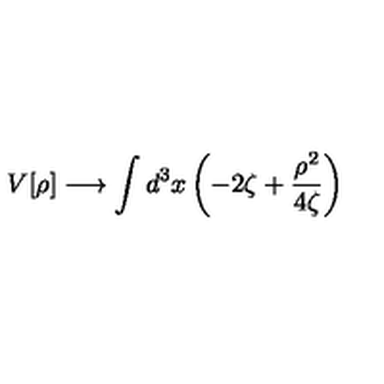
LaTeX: V [ \rho ] \longrightarrow \int d ^ { 3 } x \left( - 2 \zeta + \frac { \rho ^ { 2 } } { 4 \zeta } \right)